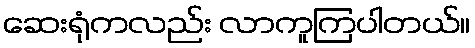
ဆေးရုံကလည်း လာကူကြပါတယ်။